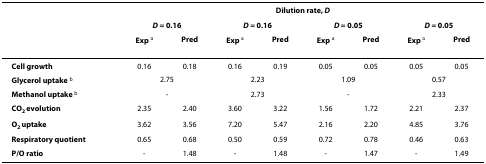
<table><thead><tr><td>[EMPTY_CELL]</td><td colspan="8"><b>Dilution rate, <i>D</i></b></td></tr><tr><td>[EMPTY_CELL]</td><td colspan="2"><b><i>D </i>= 0.16</b></td><td colspan="2"><b><i>D </i>= 0.16</b></td><td colspan="2"><b><i>D </i>= 0.05</b></td><td colspan="2"><b><i>D </i>= 0.05</b></td></tr><tr><td>[EMPTY_CELL]</td><td><b>Exp <sup>a</sup></b></td><td><b>Pred</b></td><td><b>Exp <sup>a</sup></b></td><td><b>Pred</b></td><td><b>Exp <sup>a</sup></b></td><td><b>Pred</b></td><td><b>Exp <sup>a</sup></b></td><td><b>Pred</b></td></tr></thead><tbody><tr><td><b>Cell growth</b></td><td>0.16</td><td>0.18</td><td>0.16</td><td>0.19</td><td>0.05</td><td>0.05</td><td>0.05</td><td>0.05</td></tr><tr><td><b>Glycerol uptake </b><sup>b</sup></td><td colspan="2">2.75</td><td colspan="2">2.23</td><td colspan="2">1.09</td><td colspan="2">0.57</td></tr><tr><td><b>Methanol uptake </b><sup>b</sup></td><td colspan="2">-</td><td colspan="2">2.73</td><td colspan="2">-</td><td colspan="2">2.33</td></tr><tr><td><b>CO</b><sub><b>2 </b></sub><b>evolution</b></td><td>2.35</td><td>2.40</td><td>3.60</td><td>3.22</td><td>1.56</td><td>1.72</td><td>2.21</td><td>2.37</td></tr><tr><td><b>O</b><sub><b>2 </b></sub><b>uptake</b></td><td>3.62</td><td>3.56</td><td>7.20</td><td>5.47</td><td>2.16</td><td>2.20</td><td>4.85</td><td>3.76</td></tr><tr><td><b>Respiratory quotient</b></td><td>0.65</td><td>0.68</td><td>0.50</td><td>0.59</td><td>0.72</td><td>0.78</td><td>0.46</td><td>0.63</td></tr><tr><td><b>P/O ratio</b></td><td>-</td><td>1.48</td><td>-</td><td>1.48</td><td>-</td><td>1.47</td><td>-</td><td>1.49</td></tr></tbody></table>